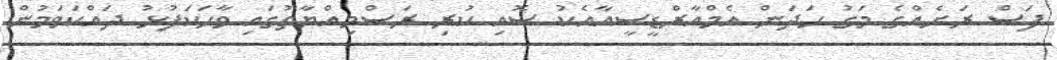
ފަސް ރަށެއްގެ މަގު ހަދަން އެމްއާރްޑީސީއާއެކު ސޮއި ކުރި ރަސްމިއްޔާތުގައި ވާހަކަފުޅު ދައްކަވަމުން